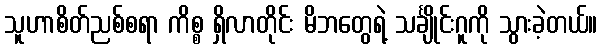
သူဟာစိတ်ညစ်စရာ ကိစ္စ ရှိလာတိုင်း မိဘတွေရဲ့ သင်္ချိုင်းဂူကို သွားခဲ့တယ်။